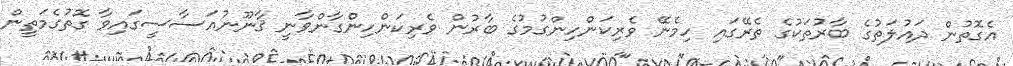
އެގޮތުން ދައުލަތުގެ ބާރުތަކުގެ ތެރޭގައި ހިމެނޭ ވެރިކަންހިންގުމުގެ ބާރުން ވެރިކަންހިންގާންވާނީ ޤާނޫނުއަސާސީގައިވާ ގޮތުގެމަތީން